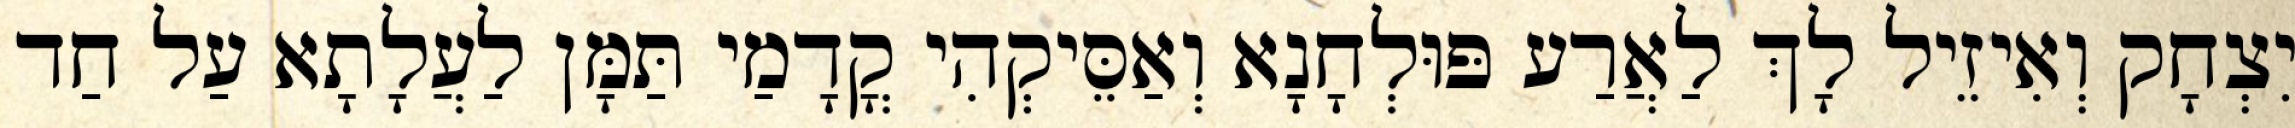
יִצְחָק וְאִיזֵיל לָךְ לַאֲרַע פּוּלְחָנָא וְאַסֵּיקְהִי קֳדָמַי תַּמָּן לַעֲלָתָא עַל חַד